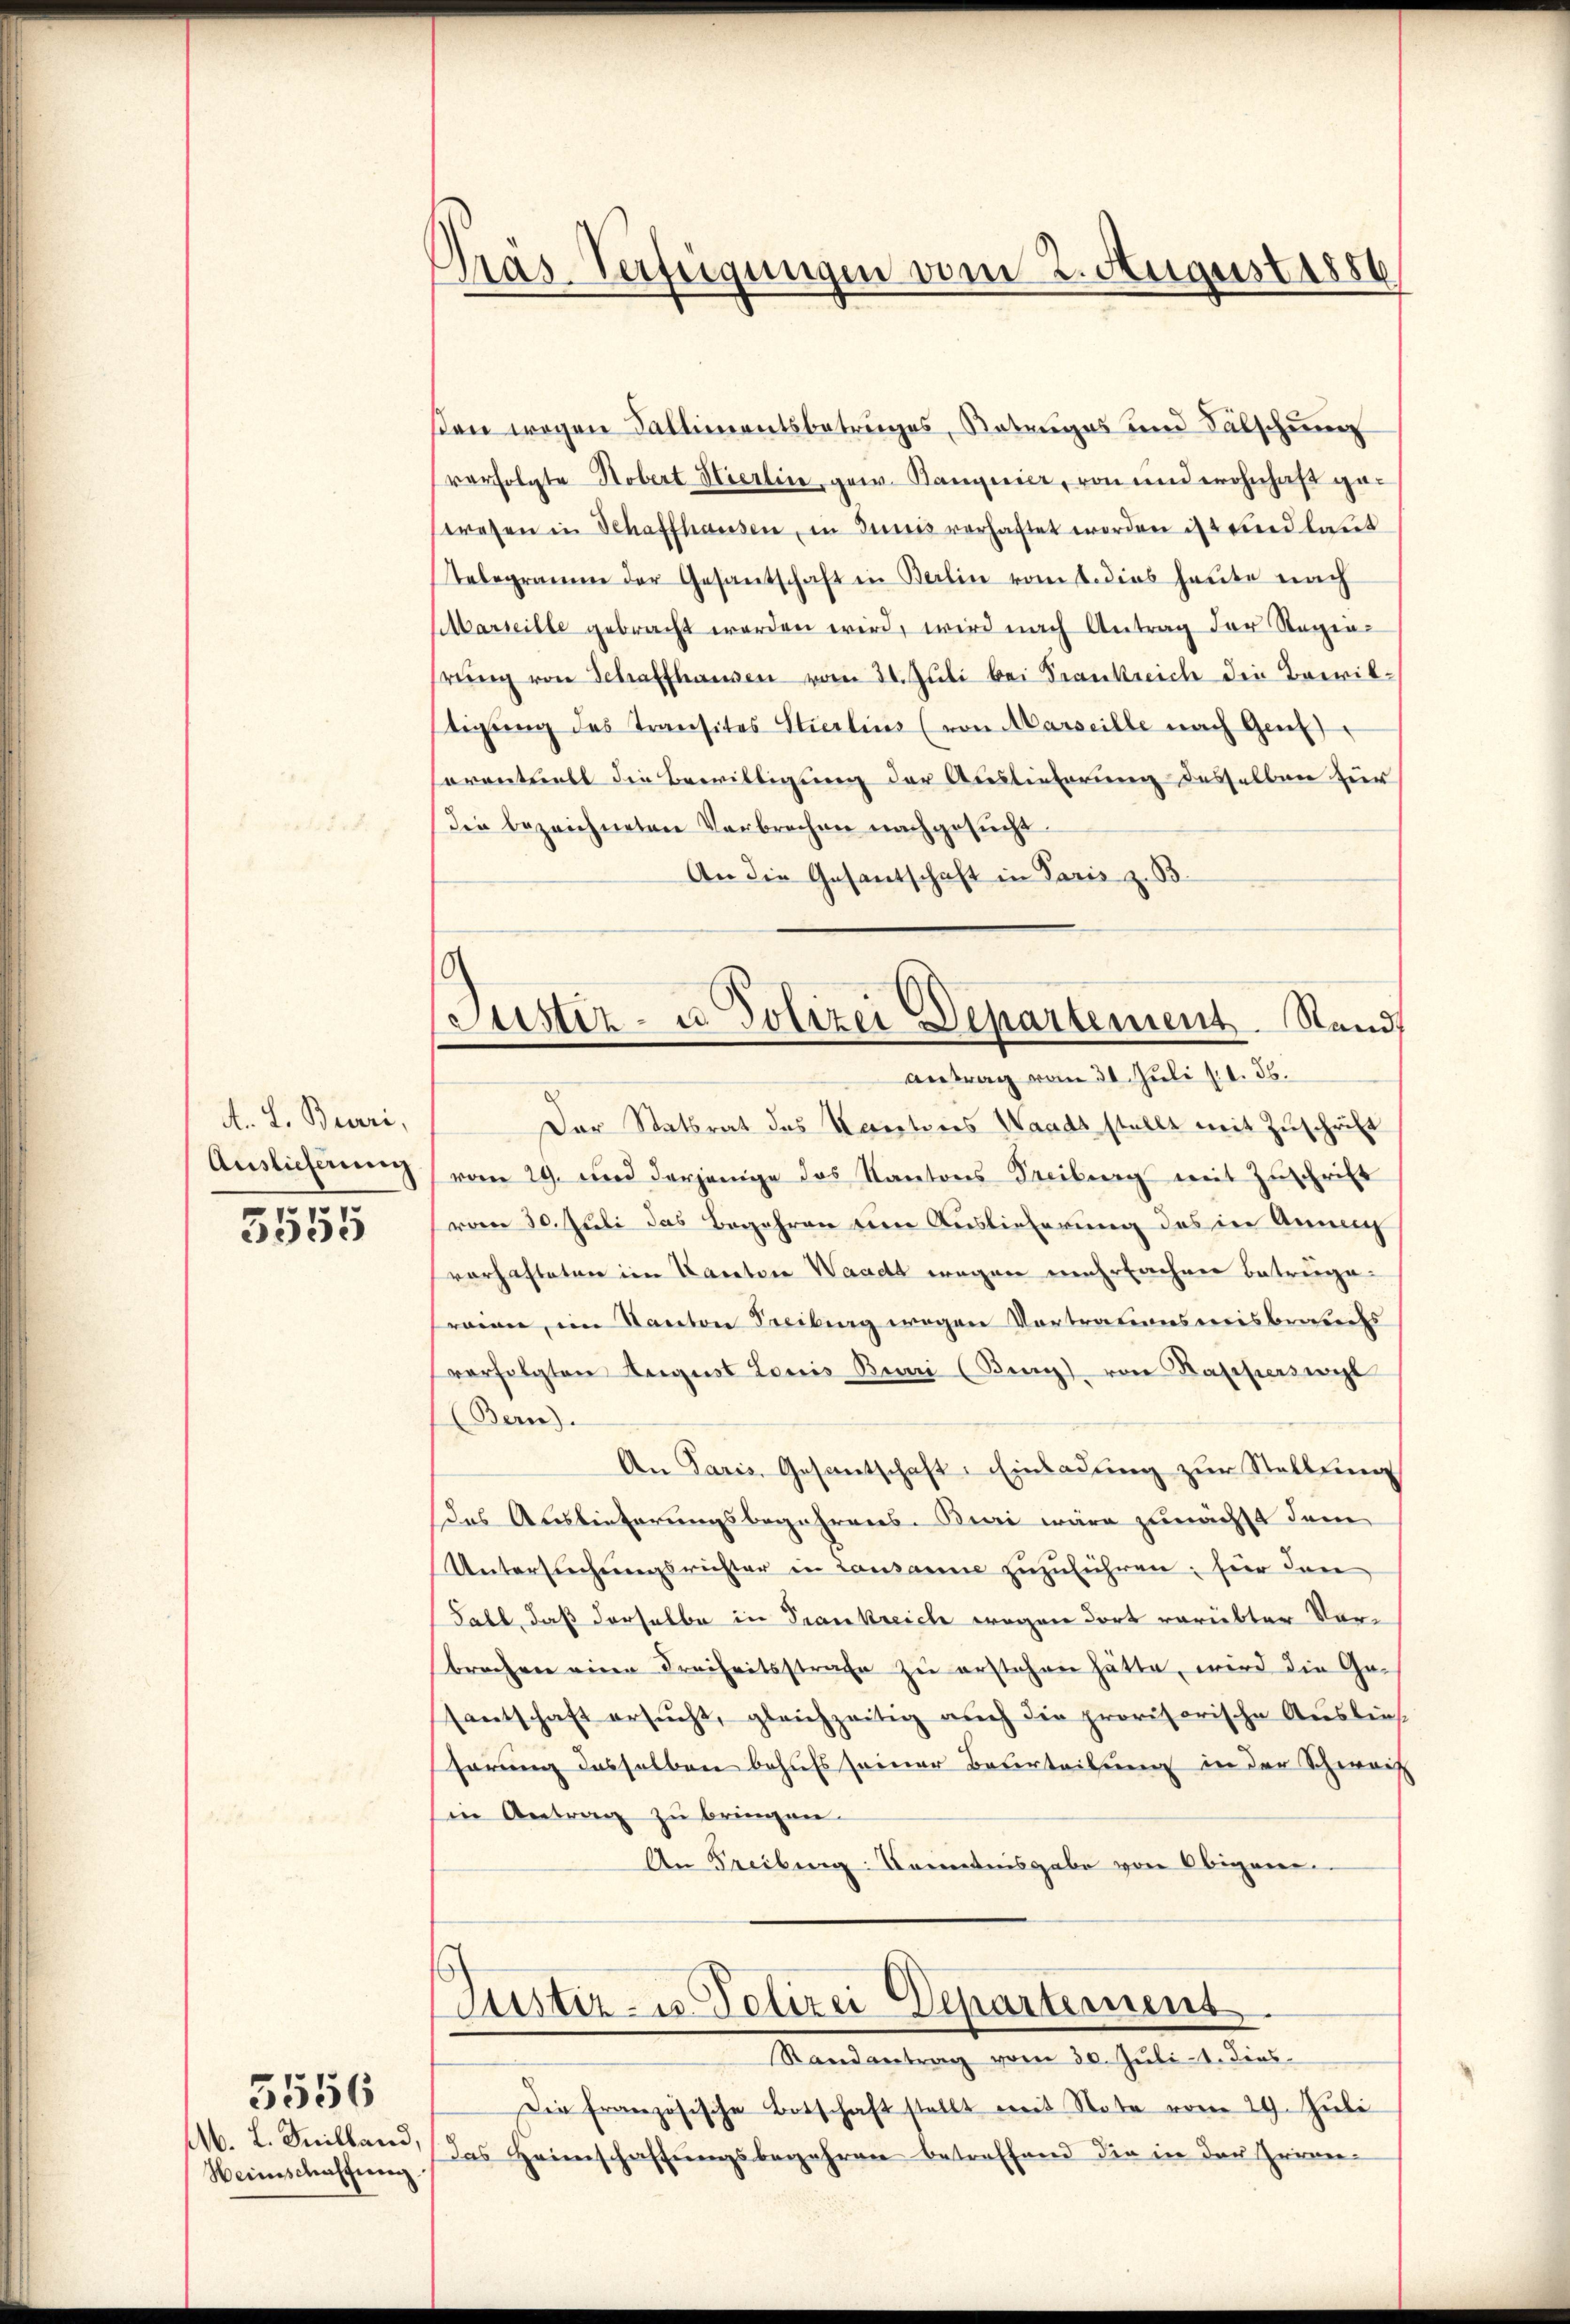
A. L. Beveri,
Auslieferung

3555

M. L. Meilland,
Heimschaffnung.

5556

Pras-Verfügungen vom 2. August 1886

0
Justiz- u. Polizei Departement. Stand

ßen wegen Fallimentsbetruges, Rotenges und Fälschung
verfolgte Robert Hierlin, gew. Banquier, von und wohnhaft geresen in Schaffhausen, in Junis verhaftet worden ist und laut
telegramm der Gesantschaft in Berlin vommt dies heute nach
Marseille gebracht werden wird, wird nach Antrag der Regen-
hrŭng von Schaffhausen vom 24. Juli bei Frankreich die Bewiltigŭng des Transites Stierlins (von Marseille nach Genf
orentuell die Bewilligung der Auslieferung desselben zur
die bezeichneten Verbrechen nachgesucht.
An die Gesantschaft in Paris z. B.
antrag vom 30. Juli l. 1. 56.
Der Statsrat das Korectores Waadt stellt mit Zuschrift
vom 29. und derjenige das Kantons Freiburg mit Zuschrift
(vom 30. Juli das Begehren um Auslieferung des in Anni
vorhafteten im Karator Waadt wegen mehrfachen Betruge
raien, im Kanton Freibung wegen Vortrauensweisbraters
verfolgten August Louis Bei (Bung) von Kappersicht
(Bern).
An Paris, Gesantschaft. Einladung zur Stellung
das Auslieferungsbegehrens. Buri wäre zunächst dem
Untersŭchŭngsrichter in Lausanne zuzuführen; für den
Fall, daß derselbe in Trankreich wegen dort vorübter Vorbrechen eine Freiheitsstrafe zŭ erstehen hätte, wird die Ge-
santschaft ersŭcht, gleichzeitig auch die provisorische Auslief
hörung desselben behufs seiner Beterteilung in der Schwait
in Antrag zu bringen.
An Freibung Kenntnisgabe von Obigen.
Justiz- u. Polizei Departement
Randantrag vom 30. Juli1. dies
Die französische Botschaft stellt mit Note vom 29. Juli
Das Heimschaffungsbegehren betreffend die in der Gernen-